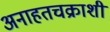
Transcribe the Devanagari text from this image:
अनाहतचक्राशी